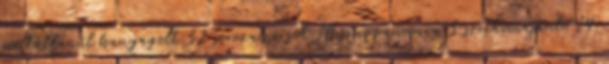
méltatlanul hanyagolt 32 sorozatsorsok 10 szappanopera 3 szitkomajánló 14